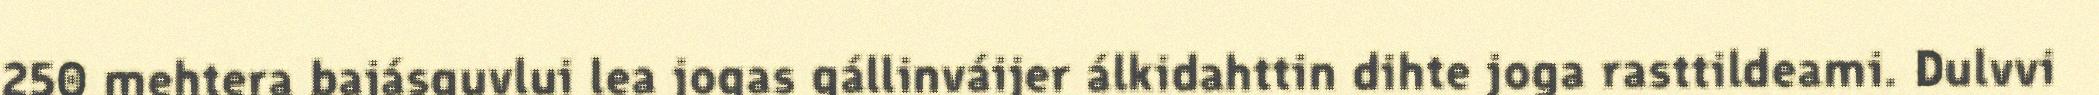
250 mehtera bajásguvlui lea jogas gállinváijer álkidahttin dihte joga rasttildeami. Dulvvi